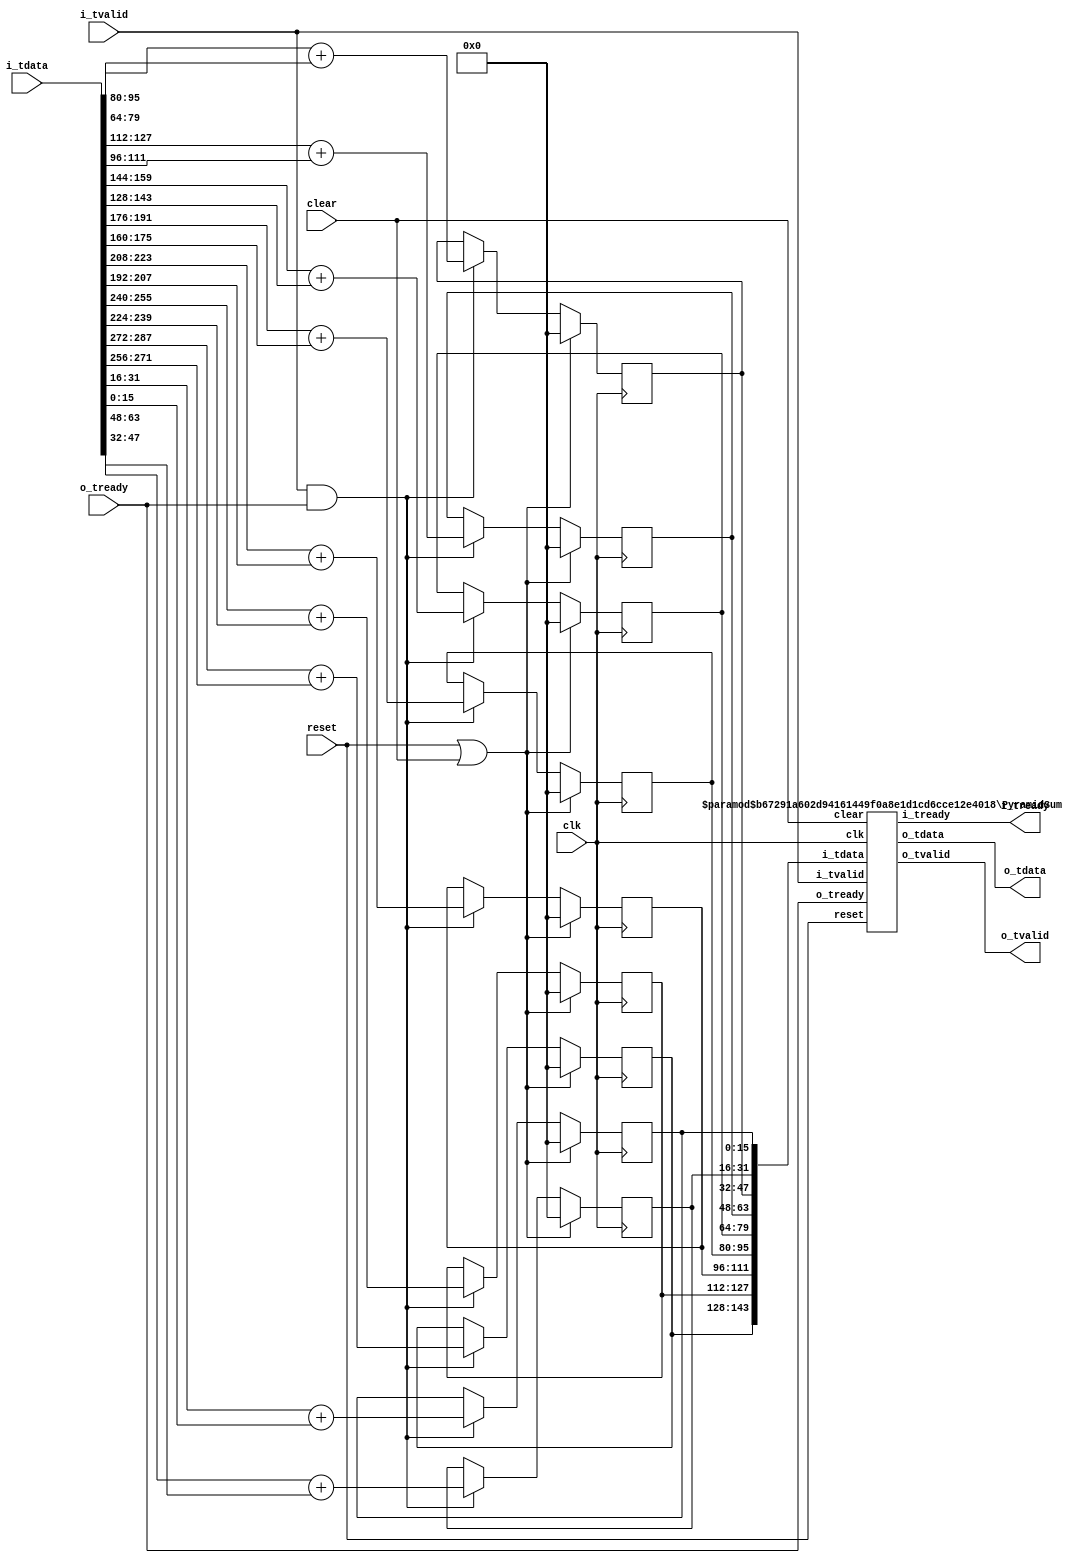
module PyramidSum #(
   parameter WIDTH = 16,
   parameter SIZE = 18
)(
   input clk, input reset, input clear,
   input [SIZE*WIDTH-1:0] i_tdata,
   input i_tvalid,
   output i_tready,
   output [WIDTH-1:0] o_tdata,
   output o_tvalid,
   input o_tready
);
//                                                             __|__                         
//                                                            |____<|                        
//                                                               |                           
//                                        o=====================(+)====================o     
//                                      __|__                                        __|__   
//                                     |____<|                                      |____<|  
//                                        |                                            |     
//                    o==================(+)==================o                        |     
//                  __|__                                   __|__                    __|__   
//                 |____<|                                 |____<|                  |____<|  
//                    |                                       |                        |     
//          o========(+)========o                   o========(+)========o              |     
//        __|__               __|__               __|__               __|__          __|__   
//       |____<|             |____<|             |____<|             |____<|        |____<|  
//          |                   |                   |                   |              |     
//     o===(+)===o         o===(+)===o         o===(+)===o         o===(+)===o         |     
//   __|__     __|__     __|__     __|__     __|__     __|__     __|__     __|__     __|__   
//  |____<|   |____<|   |____<|   |____<|   |____<|   |____<|   |____<|   |____<|   |____<|  
//     |         |         |         |         |         |         |         |         |     
// o==(+)==o o==(+)==o o==(+)==o o==(+)==o o==(+)==o o==(+)==o o==(+)==o o==(+)==o o==(+)==o 
// |       | |       | |       | |       | |       | |       | |       | |       | |       | 

   localparam NSIZE = ( (2*(SIZE/2))==SIZE ? SIZE/2 : 1 + SIZE/2 );
   genvar i;
   generate
      if(SIZE>2) begin
         reg [NSIZE*WIDTH-1:0] mediumbus = 0;
         for(i=0;i<SIZE/2;i=i+1) begin
            always @(posedge clk)
               if(reset | clear)
                  mediumbus[(i+1)*WIDTH-1:i*WIDTH] <= 0;
               else if(i_tvalid & o_tready)
                  mediumbus[(i+1)*WIDTH-1:i*WIDTH] <= i_tdata[2*(i+1)*WIDTH-1:(2*i+1)*WIDTH] + i_tdata[(2*i+1)*WIDTH-1:2*i*WIDTH];
            if(i==(SIZE/2)-1 & (2*(SIZE/2))!=SIZE) begin
               always @(posedge clk)
                  if(reset | clear)
                     mediumbus[(i+2)*WIDTH-1:(i+1)*WIDTH] <= 0;
                  else if(i_tvalid & o_tready)
                     mediumbus[(i+2)*WIDTH-1:(i+1)*WIDTH] <= i_tdata[(2*i+3)*WIDTH-1:2*(i+1)*WIDTH];
            end
         end
         PyramidSum #(
            .WIDTH(WIDTH), .SIZE(NSIZE)
         ) PyramidSum (
            .clk(clk), .reset(reset), .clear(clear),
            .i_tdata(mediumbus), .i_tvalid(i_tvalid), .i_tready(i_tready),
            .o_tdata(o_tdata), .o_tvalid(o_tvalid), .o_tready(o_tready)
         );
      end else begin
         reg [WIDTH-1:0] sum = 0;
         always @(posedge clk)
            if(reset | clear)
               sum <= 0;
            else if(i_tvalid & o_tready)
               sum <= i_tdata[SIZE*WIDTH-1:WIDTH] + i_tdata[WIDTH-1:0];
         assign o_tdata = sum;
         assign o_tvalid = i_tvalid;
         assign i_tready = o_tready;
      end
   endgenerate

endmodule